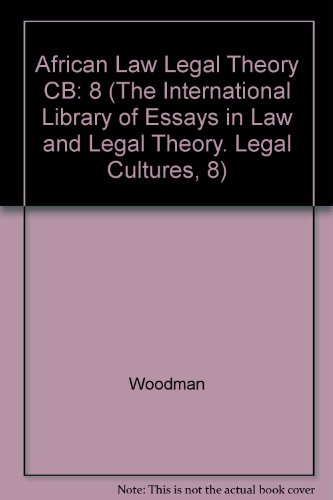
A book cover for African Law and Legal Theory (The International Library of Essays in Law and Legal Theory. Legal Cultures, 8); Law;